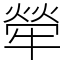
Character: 犖